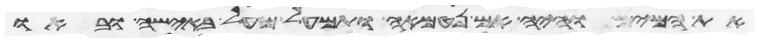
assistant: את המים והיה אם נטמאה ותמעל מעל באישה ובאו